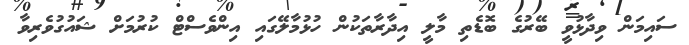
ސައިމަން ވިދާޅުވީ ބޭރުގެ ބޮޑެތި މާލީ އިދާރާތަކުން ހުޅުމާލޭގައި އިންވެސްޓް ކުރުމަށް ޝައުގުވެރިވާ